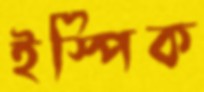
ইস্পিক